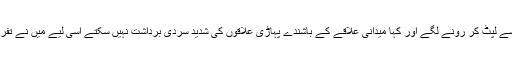
ڈاکٹر نثار احمد قریشی اس سے لپٹ کر رونے لگے اور کہا میدانی علاقے کے باشندے پہاڑی علاقوں کی شدید سردی برداشت نہیں سکتے اسی لیے میں نے تفریحی دورہ منسوخ کر دیا تھا۔